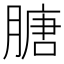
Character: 膅